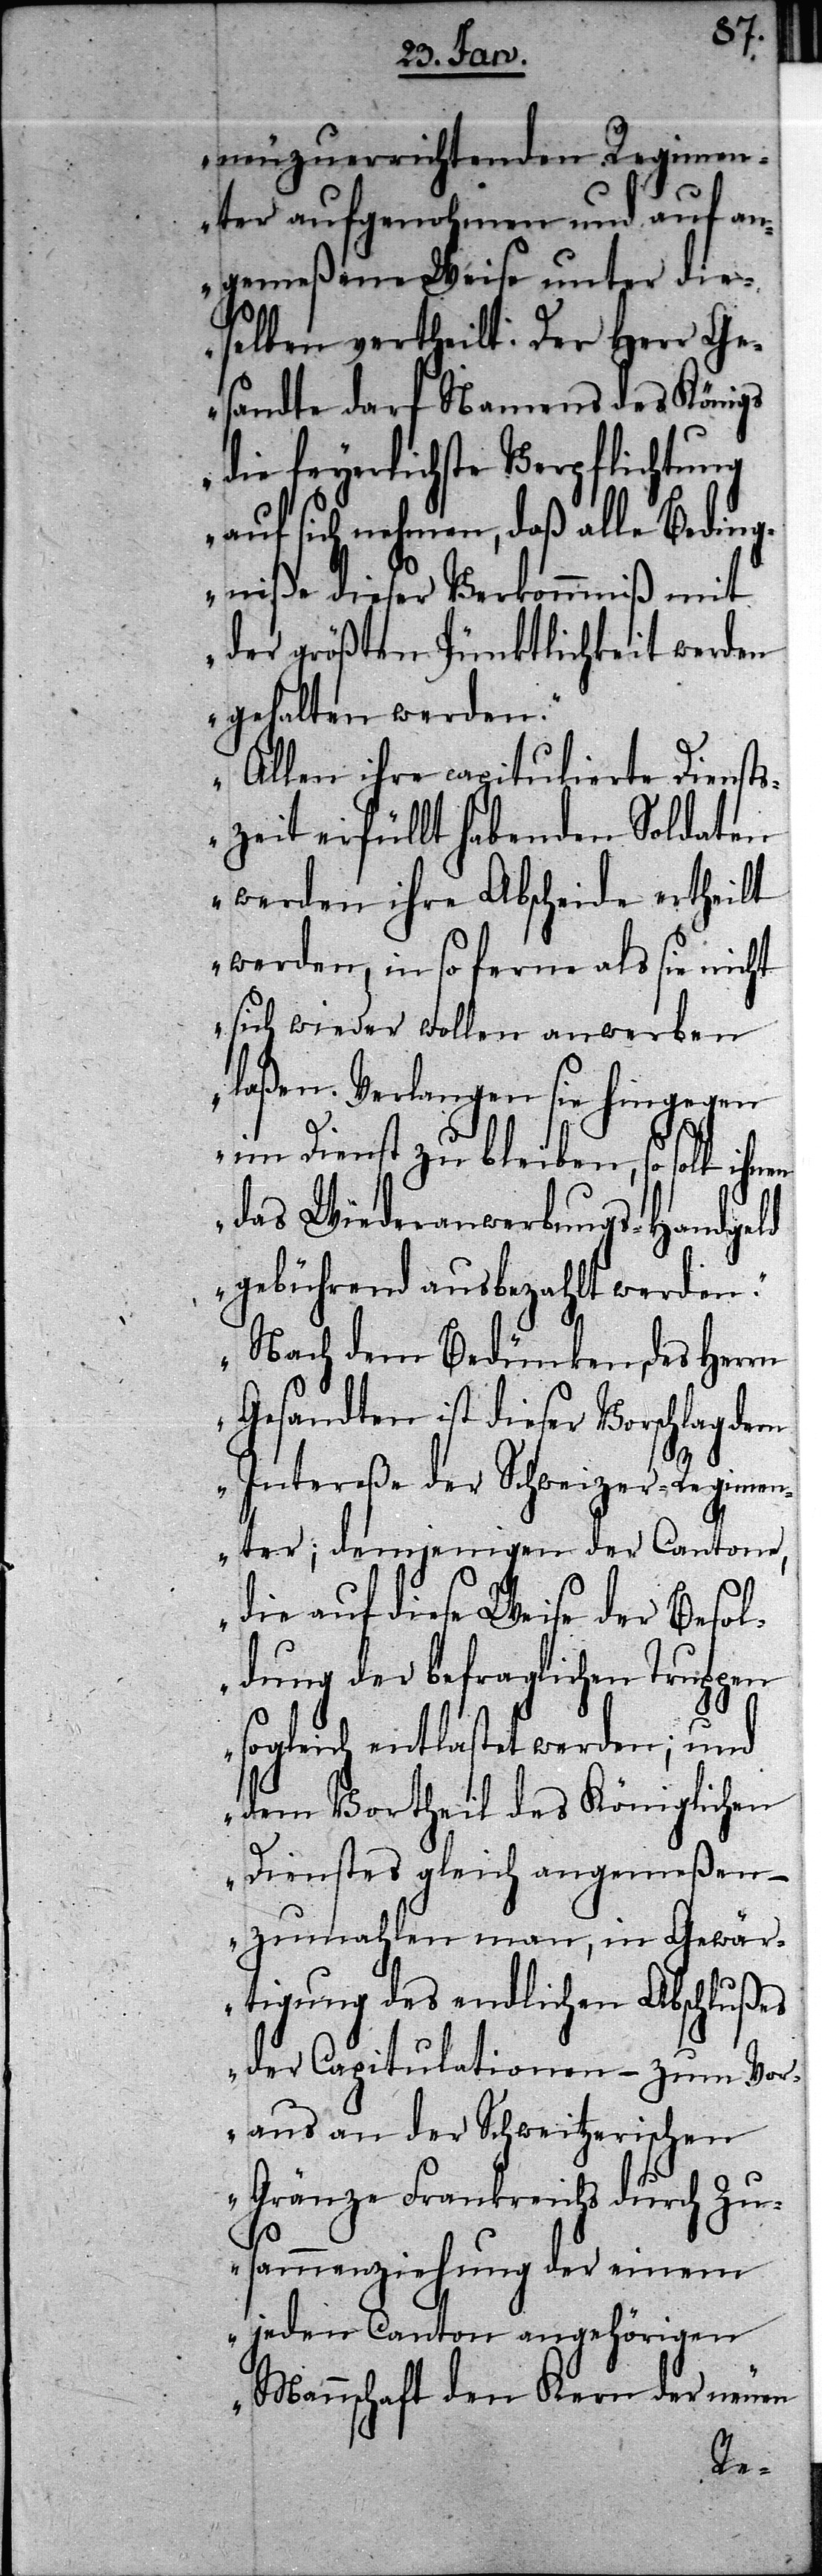
neuzuerrichtenden Regimen¬
ter aufgenohmen und auf an¬
gemeßene Weise unter die¬
selben vertheilt. Der Herr Ge¬
sandte darf Namens des Königs
die feyerlichste Verpflichtung
auf sich nehmen, daß alle Beding¬
niße dieser Verkommniß mit
der größten Pünktlichkeit werden
gehalten werden.“
„Allen ihre capitulierte Dienst¬
zeit erfüllt habenden Soldaten
werden ihre Abscheide ertheilt
werden, in so ferne als sie nicht
sich wieder wollen anwerben
laßen. Verlangen sie hingegen
im Dienst zu bleiben, so soll
das Wiederanwerbungs-Handgeld
gebührend ausbezahlt werden.“
„Nach dem Bedünken, des Herrn
Gesandten ist dieser Vorschlag dem
Intereße der Schweizer-Regimen¬
ter; demjenigen der Cantone,
die auf diese Weise der Besol¬
dung der befraglichen Truppen
sogleich entlastet werden; und
dem Vortheil des Königlichen
Dienstes gleich angemeßen –
zumahlen man, in Gewär¬
tigung des endlichen Abschlußes
der Capitulationen – zum Vor¬
aus an der Schweitzerischen
Gränze Frankreichs durch Zu¬
sammenziehung der einem
jeden Canton angehörigen
Mannschaft den Kern der neuen